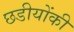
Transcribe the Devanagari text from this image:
छडीयोंकी